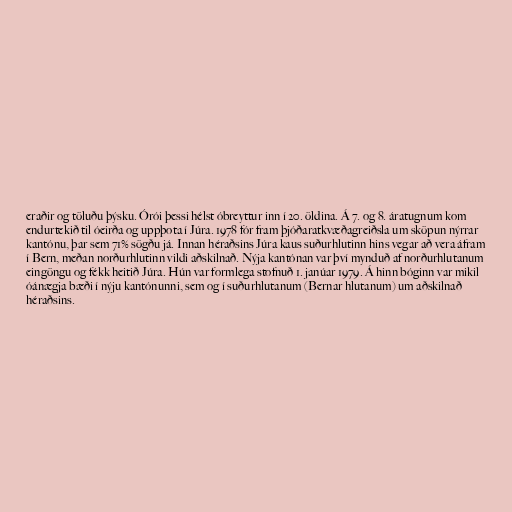
eraðir og töluðu þýsku. Órói þessi hélst óbreyttur inn í 20. öldina. Á 7. og 8. áratugnum kom
endurtekið til óeirða og uppþota í Júra. 1978 fór fram þjóðaratkvæðagreiðsla um sköpun nýrrar
kantónu, þar sem 71% sögðu já. Innan héraðsins Júra kaus suðurhlutinn hins vegar að vera áfram
í Bern, meðan norðurhlutinn vildi aðskilnað. Nýja kantónan var því mynduð af norðurhlutanum
eingöngu og fékk heitið Júra. Hún var formlega stofnuð 1. janúar 1979. Á hinn bóginn var mikil
óánægja bæði í nýju kantónunni, sem og í suðurhlutanum (Bernar hlutanum) um aðskilnað
héraðsins.